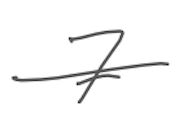
Text: 7
Cross-out: single-line
Writing tool: digital_gray